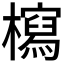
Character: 𣞐